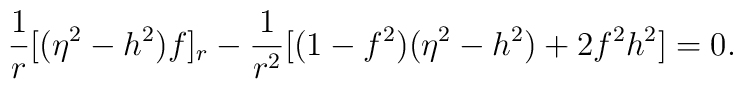
\frac{1}{r} [(\eta^2 -h^2)f]_r -\frac{1}{r^2} [(1-f^2)(\eta^2 -h^2) +2f^2 h^2] =0.